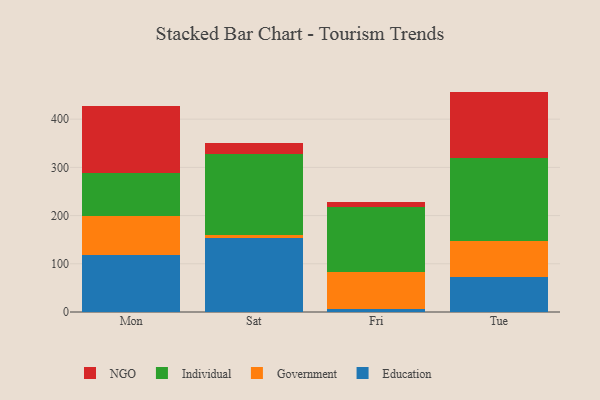
{"axis": {"x": "Day", "y": "Net Income (USD K)"}, "legend": ["Education", "Government", "Individual", "NGO"], "data": [{"x": "Mon", "y": 118.5, "type": "Education"}, {"x": "Mon", "y": 81.2, "type": "Government"}, {"x": "Mon", "y": 88.9, "type": "Individual"}, {"x": "Mon", "y": 138.7, "type": "NGO"}, {"x": "Sat", "y": 152.7, "type": "Education"}, {"x": "Sat", "y": 6.9, "type": "Government"}, {"x": "Sat", "y": 167.5, "type": "Individual"}, {"x": "Sat", "y": 23.9, "type": "NGO"}, {"x": "Fri", "y": 5.3, "type": "Education"}, {"x": "Fri", "y": 78.1, "type": "Government"}, {"x": "Fri", "y": 133.9, "type": "Individual"}, {"x": "Fri", "y": 10.5, "type": "NGO"}, {"x": "Tue", "y": 72.7, "type": "Education"}, {"x": "Tue", "y": 74.4, "type": "Government"}, {"x": "Tue", "y": 173.4, "type": "Individual"}, {"x": "Tue", "y": 136.7, "type": "NGO"}]}